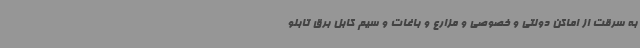
به سرقت از اماکن دولتی و خصوصی و مزارع و باغات و سیم کابل برق تابلو